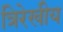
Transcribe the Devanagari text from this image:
त्रिरेखीय